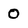
Character: 0